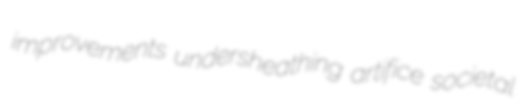
improvements undersheathing artifice societal